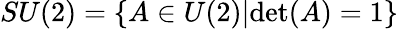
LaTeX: SU(2)=\{ A\in U(2)|\mathrm{det}(A)=1\}